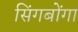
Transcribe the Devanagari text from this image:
सिंगबोंगा